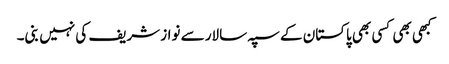
کبھی بھی کسی بھی پاکستان کے سپہ سالار سے نواز شریف کی نہیں بنی۔